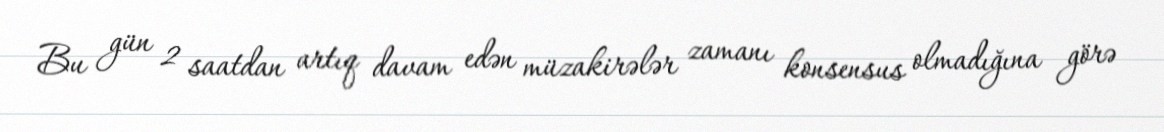
Bu gün 2 saatdan artıq davam edən müzakirələr zamanı konsensus olmadığına görə